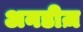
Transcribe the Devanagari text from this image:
अनडीज़